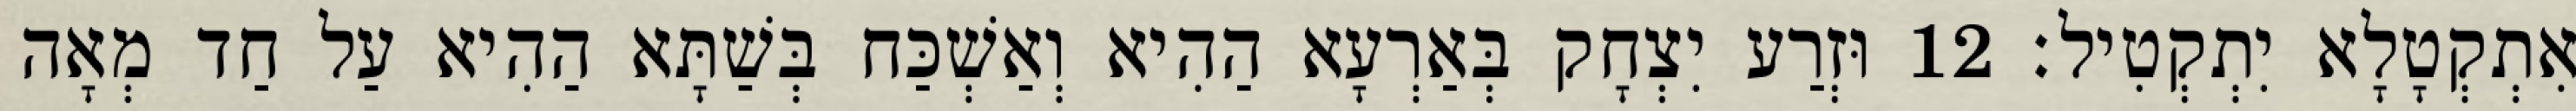
אִתְקְטָלָא יִתְקְטִיל׃ 12 וּזְרַע יִצְחָק בְּאַרְעָא הַהִיא וְאַשְׁכַּח בְּשַׁתָּא הַהִיא עַל חַד מְאָה